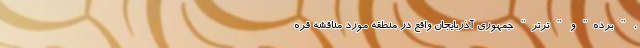
، " برده" و " ترتر" جمهوری آذربایجان واقع در منطقه مورد مناقشه قره